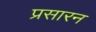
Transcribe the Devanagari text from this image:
प्रसारन